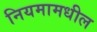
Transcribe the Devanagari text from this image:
नियमामधील